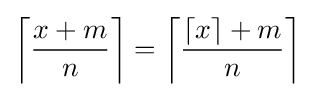
\left\lceil {\frac {x+m}{n}}\right\rceil =\left\lceil {\frac {\lceil x\rceil +m}{n}}\right\rceil